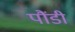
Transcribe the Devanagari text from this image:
पौंडी